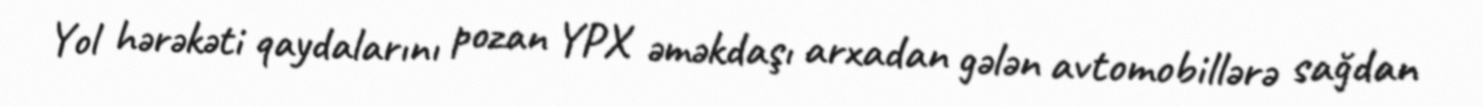
Yol hərəkəti qaydalarını pozan YPX əməkdaşı arxadan gələn avtomobillərə sağdan